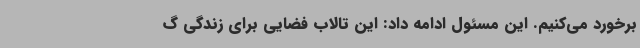
برخورد می‌کنیم. این مسئول ادامه داد: این تالاب فضایی برای زندگی گ